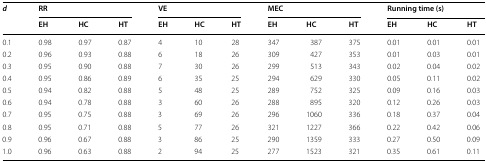
| <ROWSPAN=2> d | <COLSPAN=3> RR | <COLSPAN=3> VE | <COLSPAN=3> MEC | <COLSPAN=3> Running time (s) |
 | EH | HC | HT | EH | HC | HT | EH | HC | HT | EH | HC | HT |
 | --- | --- | --- | --- | --- | --- | --- | --- | --- | --- | --- | --- | --- |
 | 0.1 | 0.98 | 0.97 | 0.87 | 4 | 10 | 28 | 347 | 387 | 375 | 0.01 | 0.01 | 0.01 |
 | 0.2 | 0.96 | 0.93 | 0.88 | 6 | 18 | 26 | 309 | 427 | 353 | 0.01 | 0.03 | 0.01 |
 | 0.3 | 0.95 | 0.90 | 0.88 | 7 | 30 | 26 | 299 | 513 | 343 | 0.02 | 0.04 | 0.02 |
 | 0.4 | 0.95 | 0.86 | 0.89 | 6 | 35 | 25 | 294 | 629 | 330 | 0.05 | 0.11 | 0.02 |
 | 0.5 | 0.94 | 0.82 | 0.88 | 5 | 48 | 25 | 289 | 752 | 325 | 0.09 | 0.16 | 0.03 |
 | 0.6 | 0.94 | 0.78 | 0.88 | 3 | 60 | 26 | 288 | 895 | 320 | 0.12 | 0.26 | 0.03 |
 | 0.7 | 0.95 | 0.75 | 0.88 | 3 | 69 | 26 | 296 | 1060 | 336 | 0.18 | 0.37 | 0.04 |
 | 0.8 | 0.95 | 0.71 | 0.88 | 5 | 77 | 26 | 321 | 1227 | 366 | 0.22 | 0.42 | 0.06 |
 | 0.9 | 0.96 | 0.67 | 0.88 | 3 | 86 | 25 | 290 | 1359 | 333 | 0.27 | 0.50 | 0.09 |
 | 1.0 | 0.96 | 0.63 | 0.88 | 2 | 94 | 25 | 277 | 1523 | 321 | 0.35 | 0.61 | 0.11 |